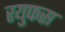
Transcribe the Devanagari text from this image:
रयुफस